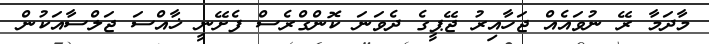
މާދަމާ ރޭ ނުވައެއް ޖަހާއިރު ޖޭޕީގެ ދެވަނަ ކޮންގްރެސް ފެށޭނީ ޚާއްސަ ޖަލްސާއަކުން